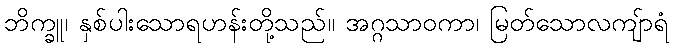
ဘိက္ခူ၊ နှစ်ပါးသောရဟန်းတို့သည်။ အဂ္ဂသာဝကာ၊ မြတ်သောလကျ်ာရံ